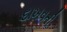
દાખવતી